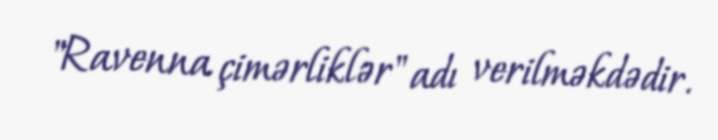
"Ravenna çimərliklər" adı verilməkdədir.